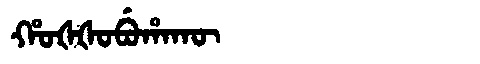
Manchu: ᡥᠣᡧᡧᠣᠪᡠᡥᠠᡴᡡ
Romanization: HOŠŠOBUHAKŪ